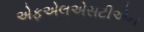
એફએલએસટીએન